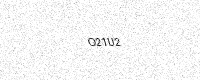
Text: O21U2